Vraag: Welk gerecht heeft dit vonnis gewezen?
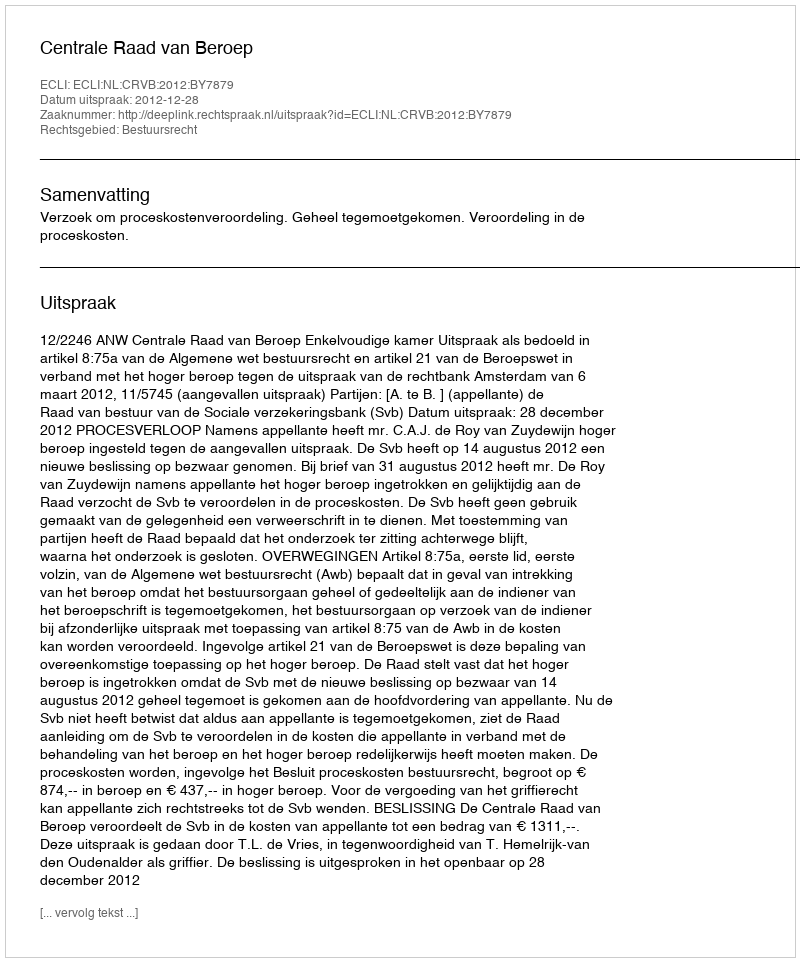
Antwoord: Centrale Raad van Beroep